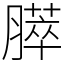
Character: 膵